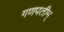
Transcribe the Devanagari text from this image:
गणपतीम्